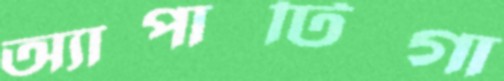
অ্যাপাটিগা